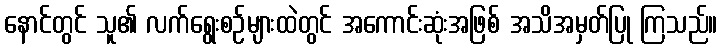
နောင်တွင် သူ၏ လက်ရွေးစဉ်များထဲတွင် အကောင်းဆုံးအဖြစ် အသိအမှတ်ပြု ကြသည်။